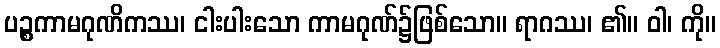
ပဉ္စကာမဂုဏိကဿ၊ ငါးပါးသော ကာမဂုဏ်၌ဖြစ်သော။ ရာဂဿ၊ ၏။ ဝါ၊ ကို။